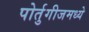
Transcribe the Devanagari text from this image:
पोर्तुगीजमध्ये